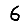
Digit: 6